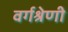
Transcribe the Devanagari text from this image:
वर्गश्रेणी